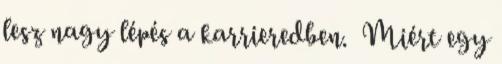
lesz nagy lépés a karrieredben. Miért egy